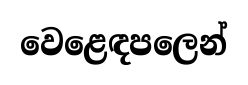
වෙළෙඳපලෙන්